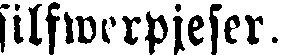
silfwerpjeser.